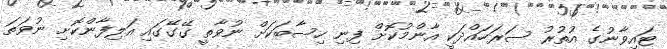
ޓައިވާނުގެ އުތުރު ސަރަހައްދަކީ އާންމުކޮށް ފިނި ހިސާބަކަށް ނުވާތީ ގޭގޭގައި އަލިފާންކޮށި ނުވަތަ